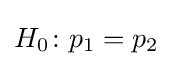
H_{0}\colon p_{1}=p_{2}